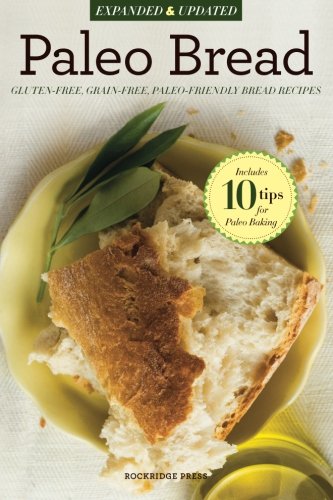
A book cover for Paleo Bread: Gluten-Free, Grain-Free, Paleo-Friendly Bread Recipes; Rockridge Press; Health, Fitness & Dieting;